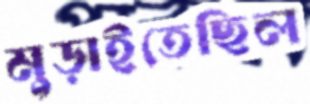
মুড়াইতেছিল